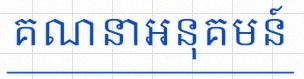
គណនាអនុគមន៍